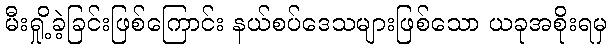
မီးရှို့ခဲ့ခြင်းဖြစ်ကြောင်း နယ်စပ်ဒေသများဖြစ်သော ယခုအစိုးရမှ